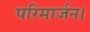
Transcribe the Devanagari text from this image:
परिमार्जन।